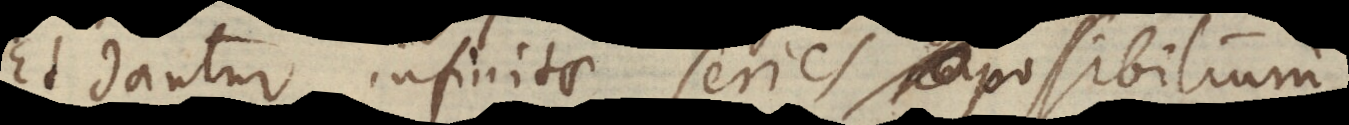
Et dantur infinitae series impossibiliu